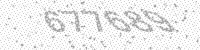
Solution: 677689